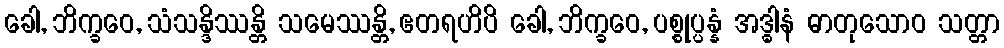
ခေါ, ဘိက္ခဝေ, သံသန္ဒိဿန္တိ သမေဿန္တိ, ဧတရဟိပိ ခေါ, ဘိက္ခဝေ, ပစ္စုပ္ပန္နံ အဒ္ဓါနံ ဓာတုသောဝ သတ္တာ